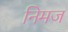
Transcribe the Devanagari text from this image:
निमज